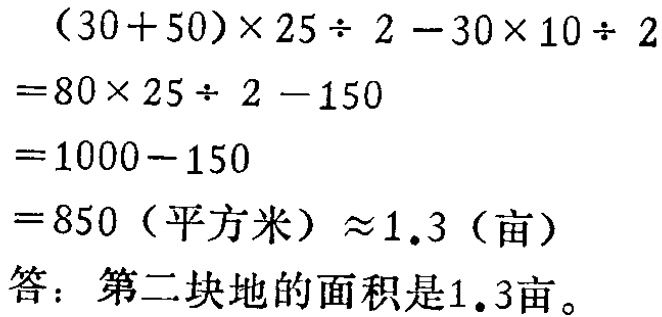
\[

\begin{align*}

&(30 + 50)\times25\div2 - 30\times10\div2\\

=&80\times25\div2 - 150\\

=&1000 - 150\\

=&850 \text{（平方米）} \approx 1.3 \text{（亩）}

\end{align*}

\]

答：第二块地的面积是1.3亩。